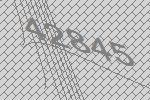
42845